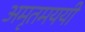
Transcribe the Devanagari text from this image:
अमृतमययी